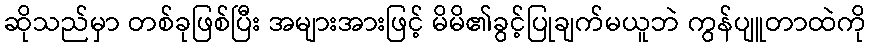
ဆိုသည်မှာ တစ်ခုဖြစ်ပြီး အများအားဖြင့် မိမိ၏ခွင့်ပြုချက်မယူဘဲ ကွန်ပျူတာထဲကို